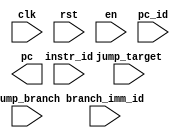
module instruction_fetch(
    input clk,
    input rst,
    input en,
    input jump_target,
    input jump_branch,
    input [31:0] branch_imm_id,
    input [31:0] pc_id,
    input [25:0] instr_id,  // Lower 26 bits of the instruction
    output [31:0] pc
);

endmodule